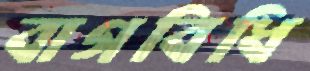
বাগবিধি